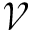
\mathcal { V }